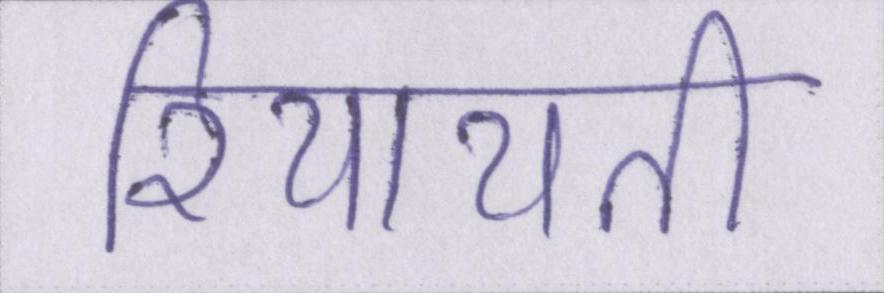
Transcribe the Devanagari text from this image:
रियायती